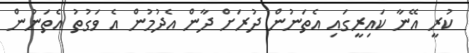
ކުރީ އޭނާ ކައިރީގައި އެތަނުން ދުރަށް ދާން އެދުމުން އެ ވަގުތު އެތަނުން